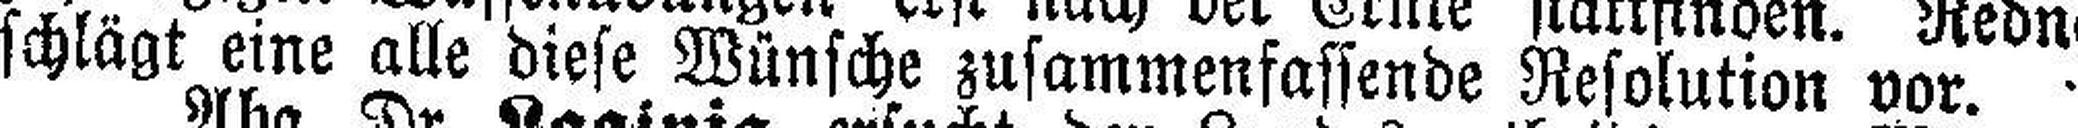
schlägt eine alle diese Wünsche zusammenfassende Resolution vor.